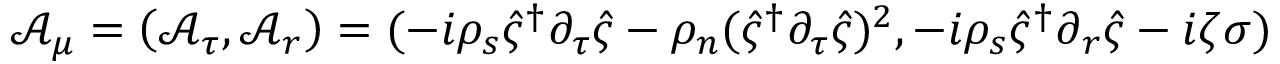
\boldsymbol { \mathcal { A } _ { \mu } } = \left( \mathcal { A } _ { \tau } , \boldsymbol { \mathcal { A } _ { r } } \right) = ( - i \rho _ { s } \hat { \varsigma } ^ { \dagger } \partial _ { \tau } \hat { \varsigma } - \rho _ { n } ( \hat { \varsigma } ^ { \dagger } \partial _ { \tau } \hat { \varsigma } ) ^ { 2 } , - i \rho _ { s } \hat { \varsigma } ^ { \dagger } \partial _ { \boldsymbol { r } } \hat { \varsigma } - i \zeta \boldsymbol { \sigma } )